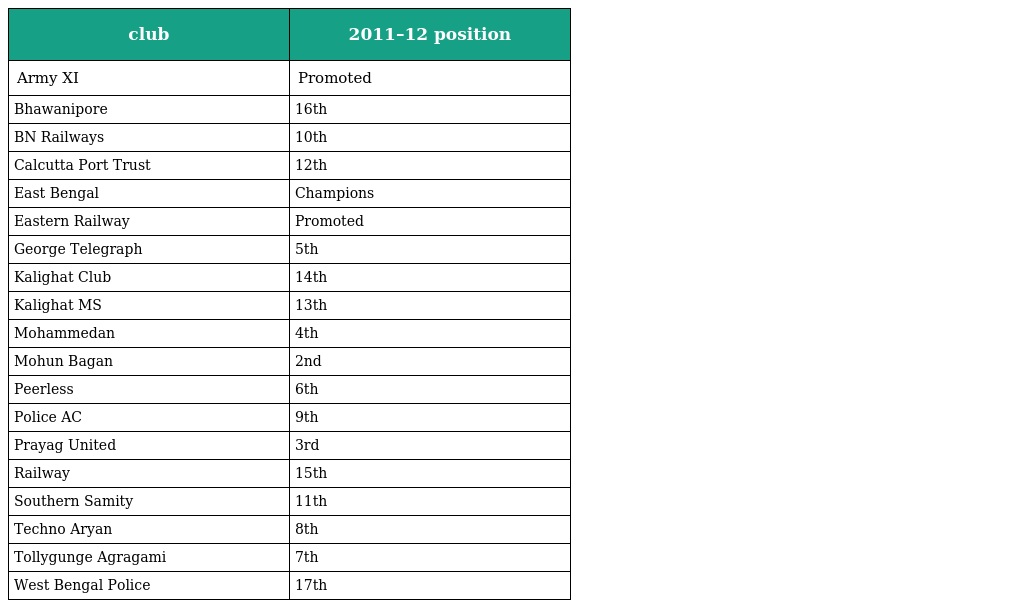
| club | 2011–12 position |
 | --- | --- |
 | Army XI | Promoted |
 | Bhawanipore | 16th |
 | BN Railways | 10th |
 | Calcutta Port Trust | 12th |
 | East Bengal | Champions |
 | Eastern Railway | Promoted |
 | George Telegraph | 5th |
 | Kalighat Club | 14th |
 | Kalighat MS | 13th |
 | Mohammedan | 4th |
 | Mohun Bagan | 2nd |
 | Peerless | 6th |
 | Police AC | 9th |
 | Prayag United | 3rd |
 | Railway | 15th |
 | Southern Samity | 11th |
 | Techno Aryan | 8th |
 | Tollygunge Agragami | 7th |
 | West Bengal Police | 17th |